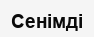
Сенімді